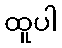
ထူပါ